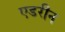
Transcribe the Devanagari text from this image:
एडरीन